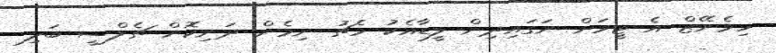
ހިމެނޭޒް އެ ޓީމަށް ނަގައިދިން ލީޑާއެކު މެޗު ނިމެން ދަނިކޮށް ޗެލްސީ ބަލި